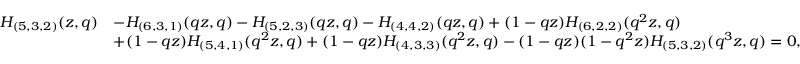
\begin{array} { r l } { H _ { ( 5 , 3 , 2 ) } ( z , q ) } & { - H _ { ( 6 , 3 , 1 ) } ( q z , q ) - H _ { ( 5 , 2 , 3 ) } ( q z , q ) - H _ { ( 4 , 4 , 2 ) } ( q z , q ) + ( 1 - q z ) H _ { ( 6 , 2 , 2 ) } ( q ^ { 2 } z , q ) } \\ & { + ( 1 - q z ) H _ { ( 5 , 4 , 1 ) } ( q ^ { 2 } z , q ) + ( 1 - q z ) H _ { ( 4 , 3 , 3 ) } ( q ^ { 2 } z , q ) - ( 1 - q z ) ( 1 - q ^ { 2 } z ) H _ { ( 5 , 3 , 2 ) } ( q ^ { 3 } z , q ) = 0 , } \end{array}